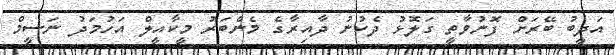
އަދީބު ބޭރަށް ފޮނުވާތީ ގަލޮޅު ދެކުނު ދާއިރާގެ މެންބަރު މީކާއީލް އަހުމަދު ނަސީމް